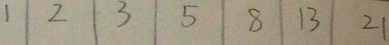
1 \vert 2 \vert 3 \vert 5 \vert 8 \vert 1 3 \vert 2 1